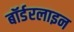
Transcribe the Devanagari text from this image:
बॉर्डरलाइन